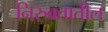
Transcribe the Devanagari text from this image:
निरुक्तातील